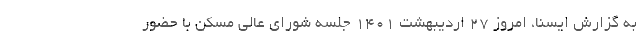
به گزارش ایسنا، امروز ۲۷ اردیبهشت ۱۴۰۱ جلسه شورای عالی مسکن با حضور